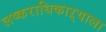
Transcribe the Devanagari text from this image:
लष्कराधिकाऱ्याला